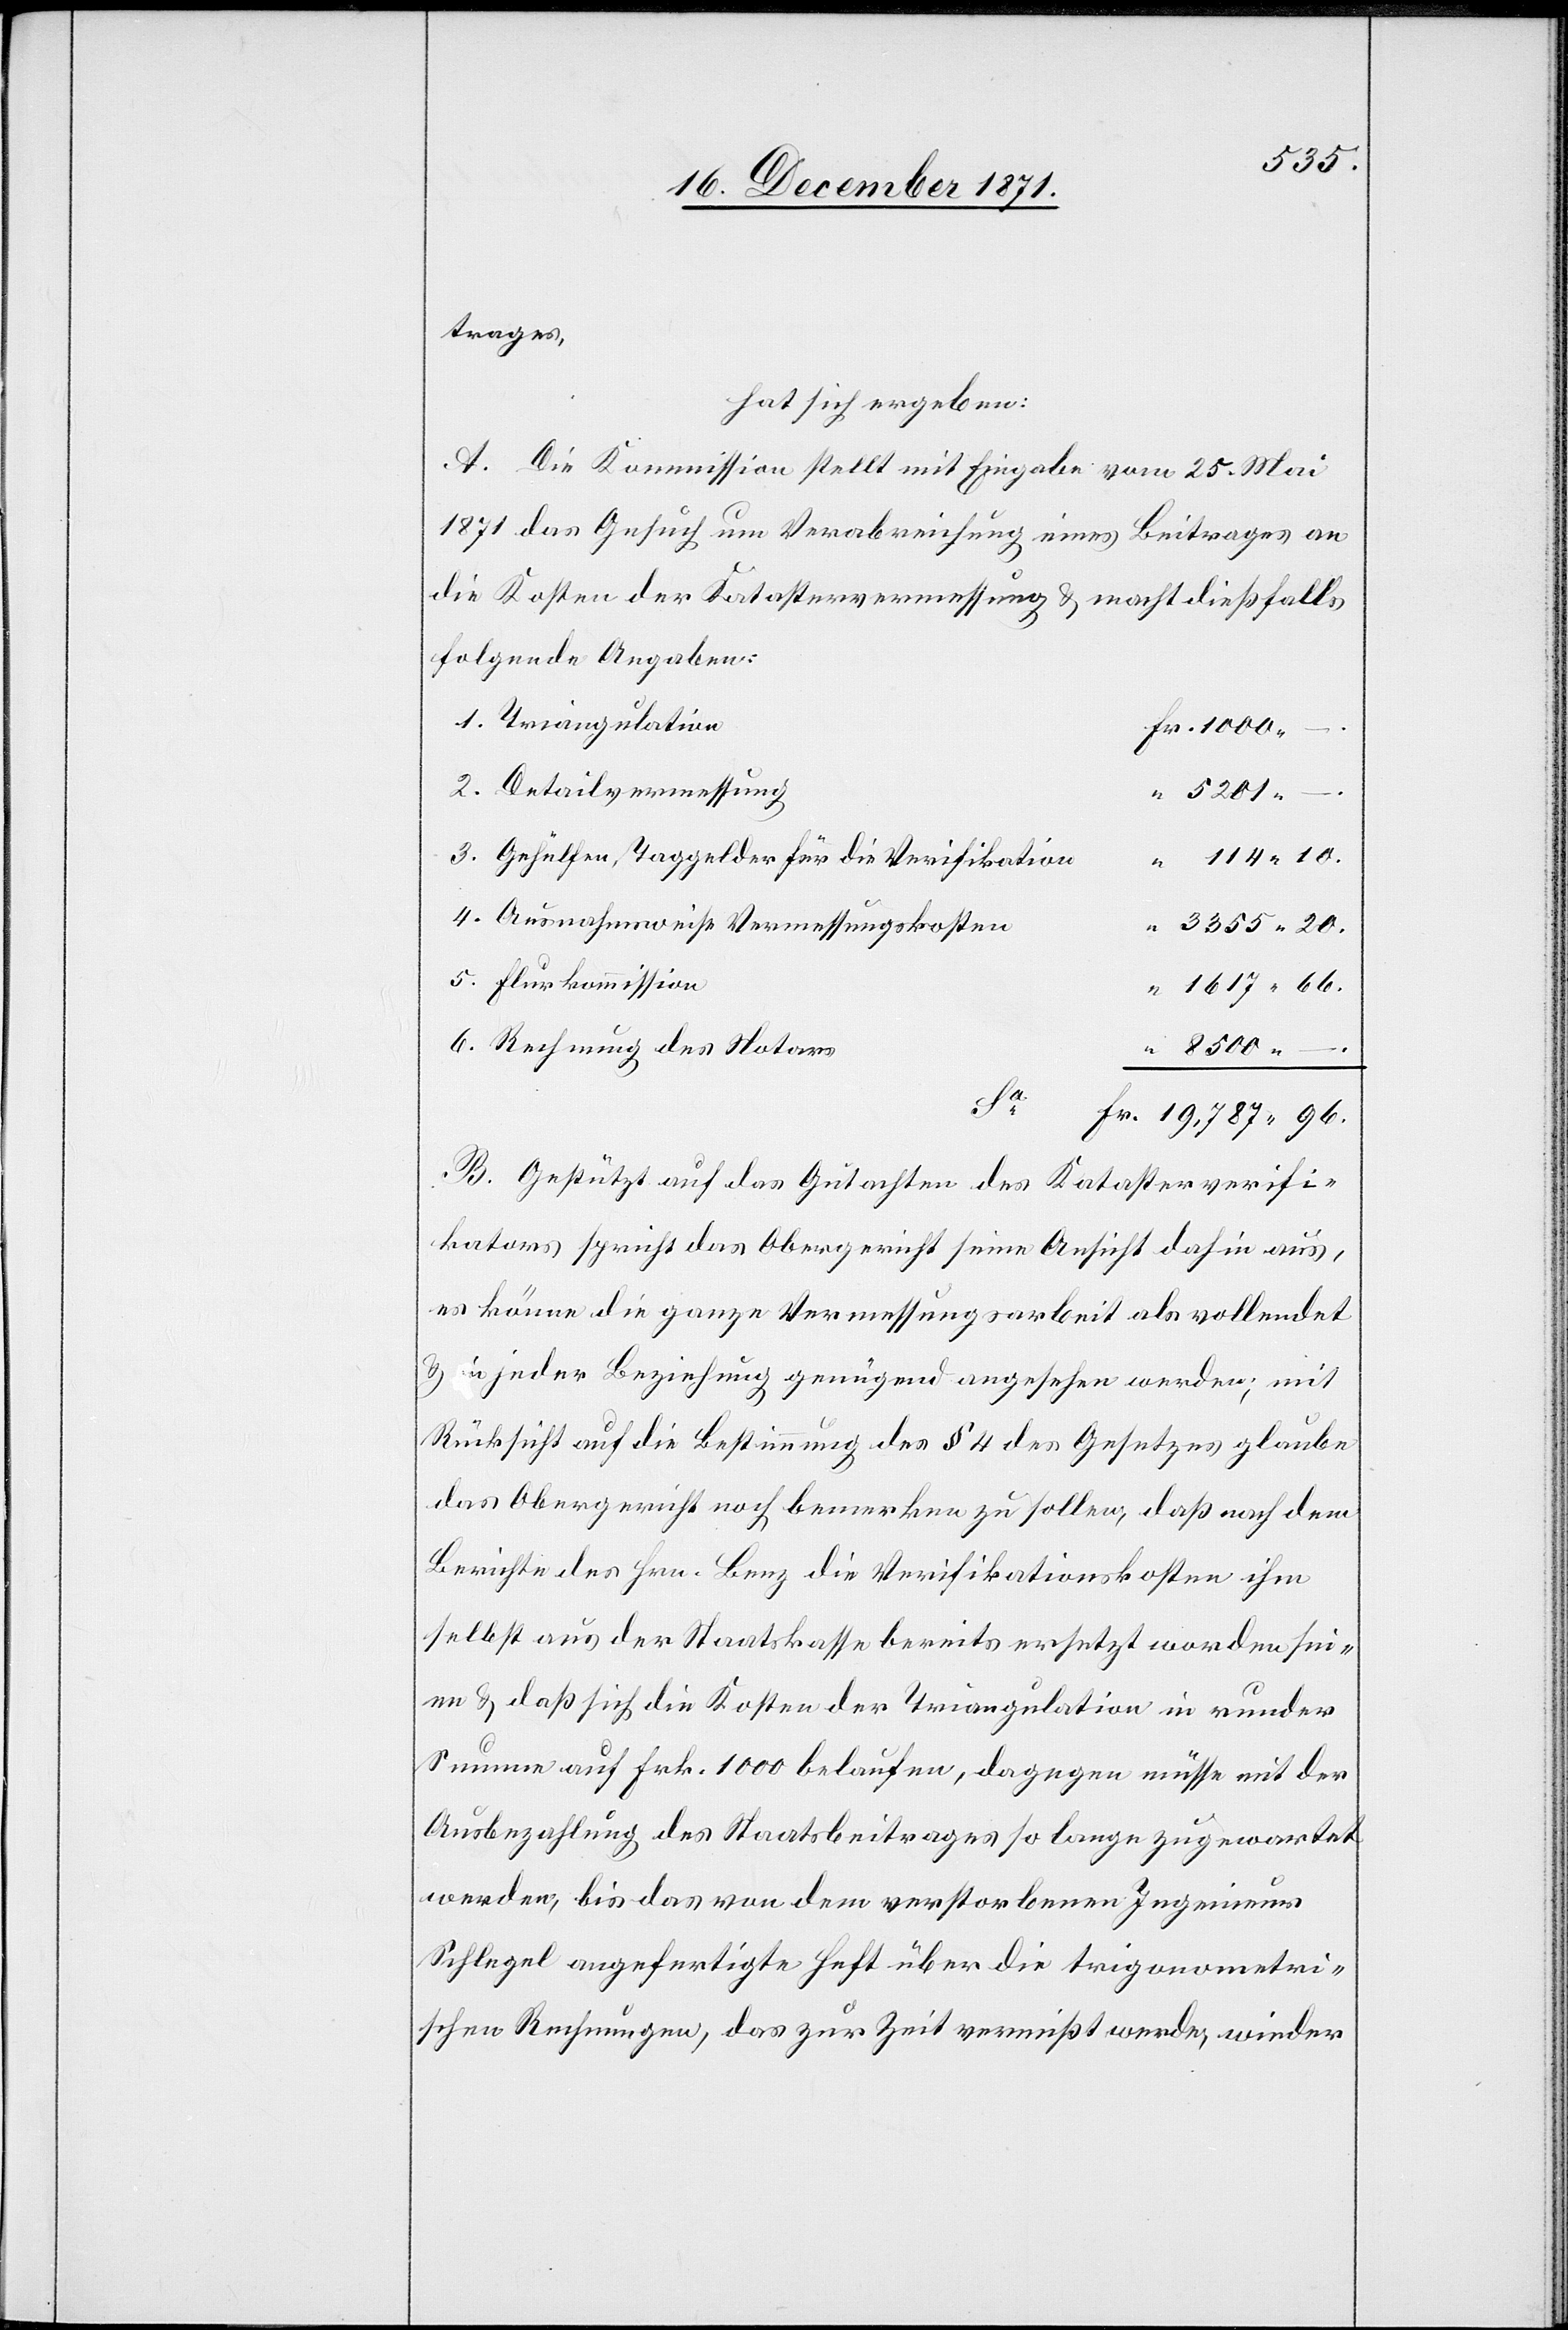
8500.
trages,
hat sich ergeben:
A. Die Kommission stellt mit Eingabe vom 25. Mai
1871 das Gesuch um Verabreichung eines Beitrages an
die Kosten der Katastervermessung & macht dießfalls
folgende Angaben:
1. Triangulation
2. Detailvermessung
5201.
3. Gehülfen, Taggelder für die Verifikation
4. Ausnahmsweise Vermessungskosten
5. Flurkommission
6. Rechnung des Notars
20.
B. Gestützt auf das Gutachten des Katasterverifi¬
kators spricht das Obergericht seine Ansicht dahin aus,
es könne die ganze Vermessungsarbeit als vollendet
& in jeder Beziehung genügend angesehen werden; mit
Rücksicht auf die Bestimmung des § 4 des Gesetzes glaube
das Obergericht noch bemerken zu sollen, daß nach dem
Berichte des Hrn. Benz die Verifikationskosten ihm
selbst aus der Staatskasse bereits ersetzt worden sei¬
en & daß sich die Kosten der Triangulation in runden
Summen auf Frk. 1000 belaufen, dagegen müsse mit der
Ausbezahlung des Staatsbeitrages so lange zugewartet
werden, bis das von dem verstorbenen Ingenieur
Schlegel angefertigte Heft über die trigonometri¬
schen Rechnungen, das zur Zeit vermisst werde, wieder